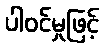
ပါဝင်မှုဖြင့်